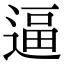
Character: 逼